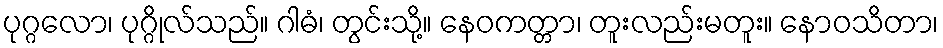
ပုဂ္ဂလော၊ ပုဂ္ဂိုလ်သည်။ ဂါဓံ၊ တွင်းသို့။ နေဝကတ္တာ၊ တူးလည်းမတူး။ နောဝသိတာ၊